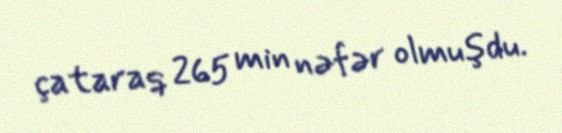
çataraq 265 min nəfər olmuşdu.